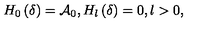
H _ { 0 } \left( \delta \right) = \mathcal { A } _ { 0 } , H _ { l } \left( \delta \right) = 0 , l > 0 ,